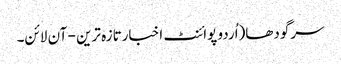
سرگودھا(اُردو پوائنٹ اخبارتازہ ترین - آن لائن۔